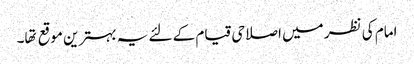
امام کی نظر میں اصلاحی قیام کے لئے یہ بہترین موقع تها۔